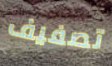
تصفيف